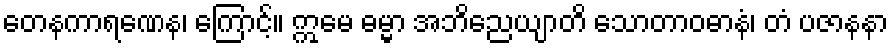
တေနကာရဏေန၊ ကြောင့်။ ဣမေ ဓမ္မာ အဘိညေယျာတိ သောတာဝဓာနံ၊ တံ ပဇာနနာ